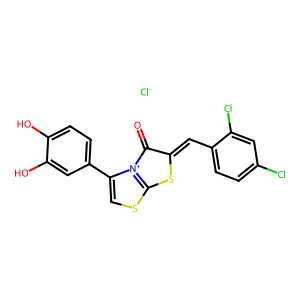
SMILES: O=C1C(=Cc2ccc(Cl)cc2Cl)Sc2scc(-c3ccc(O)c(O)c3)[n+]21.[Cl-]
Inhibits HIV replication: No